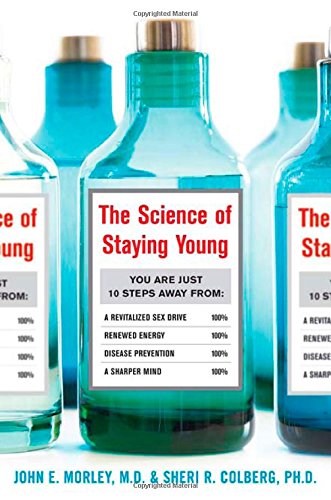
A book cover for The Science of Staying Young; John Morley; Health, Fitness & Dieting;